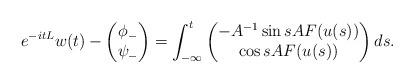
LaTeX: \begin{align*} e^{-itL}w(t) - \begin{pmatrix} \phi_- \\ \psi_- \end{pmatrix} = \int_{-\infty}^t \begin{pmatrix} -A^{-1} \sin sA F(u(s)) \\ \cos s A F(u(s)) \end{pmatrix} ds.\end{align*}